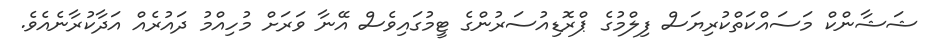
ޝަޝާންކް މަސައްކަތްކުރިޔަސް ފިލްމުގެ ޕްރޮޑިއުސަރުންގެ ޓީމުގައިވެސް އޭނާ ވަރަށް މުހިއްމު ދައުރެއް އަދާކުރާނެއެވެ.